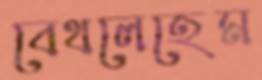
বেথলেহেম